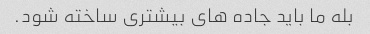
بله ما باید جاده های بیشتری ساخته شود.